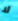
لا